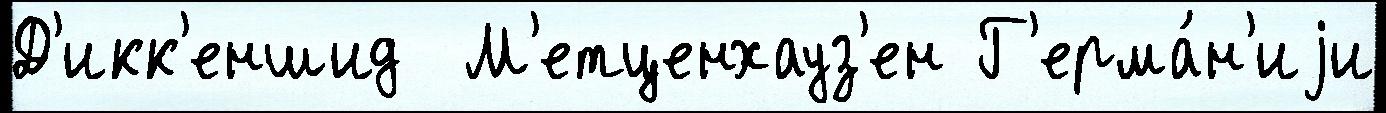
Д'икк'еншид  М'етценхауз'ен Г'ерма́н'иjи